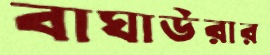
বাঘাউরার